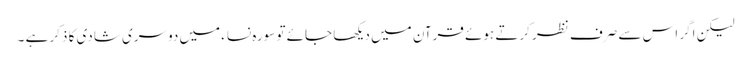
لیکن اگر اس سے صرف نظر کرتے ہوئے قرآن میں دیکھا جائے تو سورہ نساء میں دوسری شادی کا ذکر ہے ۔